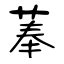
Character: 菶